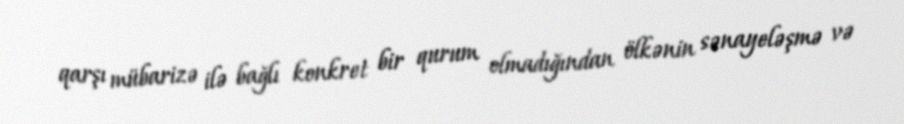
qarşı mübarizə ilə bağlı konkret bir qurum olmadığından ölkənin sənayeləşmə və